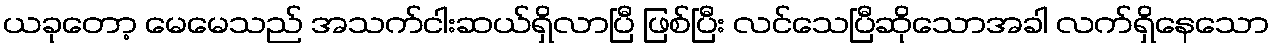
ယခုတော့ မေမေသည် အသက်ငါးဆယ်ရှိလာပြီ ဖြစ်ပြီး လင်သေပြီဆိုသောအခါ လက်ရှိနေသော